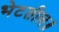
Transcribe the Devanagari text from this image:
भेटतील॥